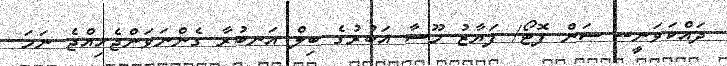
ދައްކަވަނީ-- ސަން ފޮޓޯ/ ފަޔާޒު މޫސާ އަބުރުގެ ބިލް އަނބުރާ ގެންނަވަންޖެހިއްޖެ ނަމަ